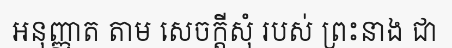
អនុញ្ញាត តាម សេចក្តីសុំ របស់ ព្រះនាង ជា